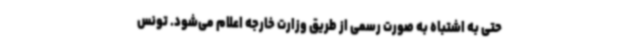
حتی به اشتباه به صورت رسمی از طریق وزارت خارجه اعلام می‌شود. تونس